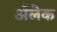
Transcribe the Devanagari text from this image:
अॅलेक